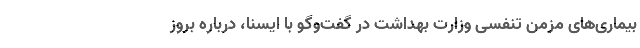
بیماری‌های مزمن تنفسی وزارت بهداشت در گفت‌وگو با ایسنا، درباره بروز